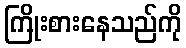
ကြိုးစားနေသည်ကို